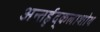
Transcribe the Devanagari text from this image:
अन्तर्हृद्कलाशोथ